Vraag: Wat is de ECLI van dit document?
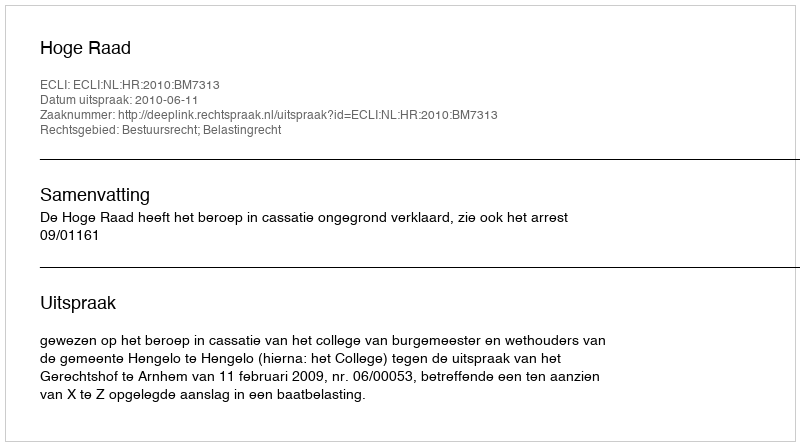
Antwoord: ECLI:NL:HR:2010:BM7313